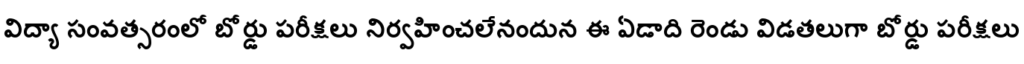
విద్యా సంవత్సరంలో బోర్డు పరీక్షలు నిర్వహించలేనందున ఈ ఏడాది రెండు విడతలుగా బోర్డు పరీక్షలు